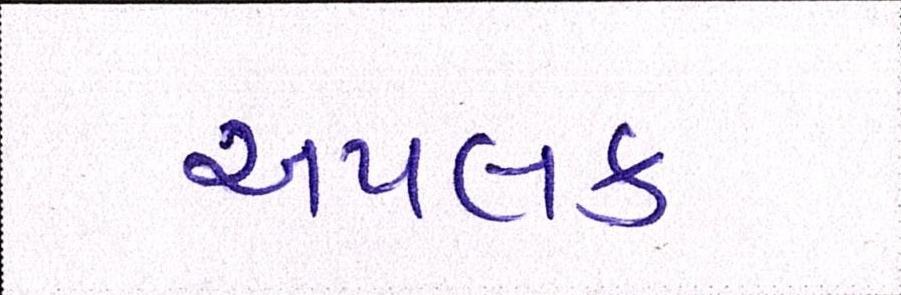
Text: અપલક